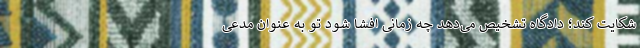
شکایت کند؛ دادگاه تشخیص می‌دهد چه زمانی افشا شود تو به عنوان مدعی